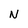
Character: N